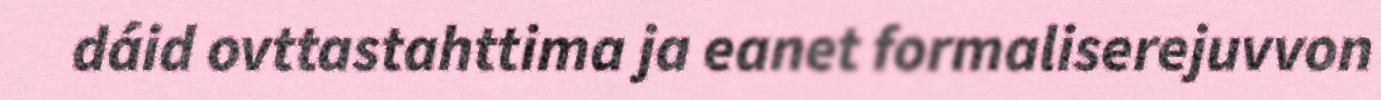
dáid ovttastahttima ja eanet formaliserejuvvon